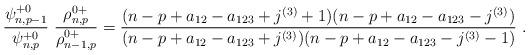
LaTeX: \begin{align*}\frac{ \psi^{+0}_{n,p-1}}{\psi^{+0}_{n,p}} \ \frac{\rho^{0+}_{n,p}}{\rho^{0+}_{n-1,p}}=\frac{(n-p+a_{12}-a_{123}+j^{(3)}+1)(n-p+a_{12}-a_{123}-j^{(3)})}{(n-p+a_{12}-a_{123}+j^{(3)})(n-p+a_{12}-a_{123}-j^{(3)}-1)}\ .\end{align*}